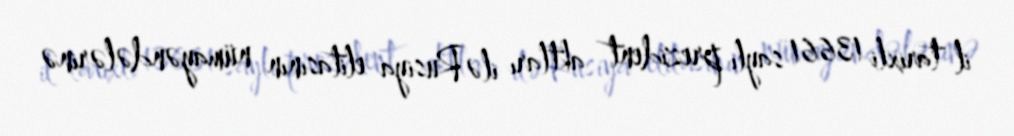
il tarixli 13661 saylı prezident aktları ilə Rusiya elitasının nümayəndələrinə